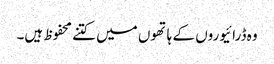
وہ ڈرائیوروں کے ہاتھوں میں کتنے محفوظ ہیں۔